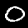
Label: 0